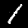
Digit: 1